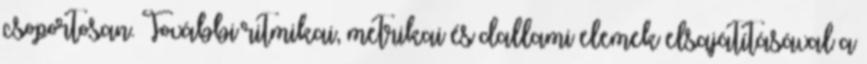
csoportosan. További ritmikai, metrikai és dallami elemek elsajátításával a